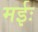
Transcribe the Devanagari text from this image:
मईः